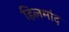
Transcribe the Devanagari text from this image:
हिलमांद